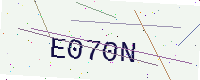
Text: E070N